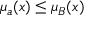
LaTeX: \mu _ { a } ( x ) \leq \mu _ { B } ( x )